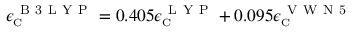
\epsilon _ { \scriptscriptstyle \mathrm { C } } ^ { \mathrm { ~ B ~ 3 ~ L ~ Y ~ P ~ } } = 0 . 4 0 5 \epsilon _ { \scriptscriptstyle \mathrm { C } } ^ { \mathrm { ~ L ~ Y ~ P ~ } } + 0 . 0 9 5 \epsilon _ { \scriptscriptstyle \mathrm { C } } ^ { \mathrm { ~ V ~ W ~ N ~ 5 ~ } }